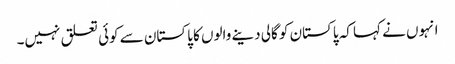
انہوں نے کہا کہ پاکستان کو گالی دینے والوں کا پاکستان سے کوئی تعلق نہیں۔